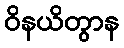
ဝိနယိတွာန